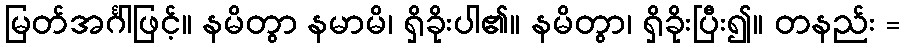
မြတ်အင်္ဂါဖြင့်။ နမိတွာ နမာမိ၊ ရှိခိုးပါ၏။ နမိတွာ၊ ရှိခိုးပြီး၍။ တနည်း =